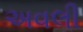
અવલી